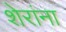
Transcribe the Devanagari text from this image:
शेरांना